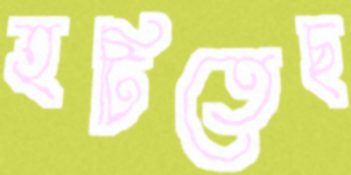
হটিতেছ